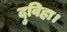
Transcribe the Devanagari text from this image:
दुविहा।